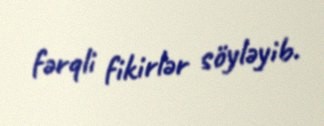
fərqli fikirlər söyləyib.